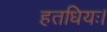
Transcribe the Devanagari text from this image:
हतधियः।